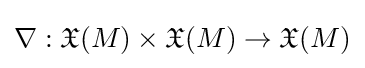
\nabla :{\mathfrak {X}}(M)\times {\mathfrak {X}}(M)\to {\mathfrak {X}}(M)